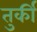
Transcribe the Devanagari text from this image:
तुर्कीं